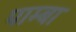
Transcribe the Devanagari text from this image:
पाम्बा